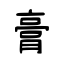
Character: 膏